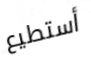
أستطيع